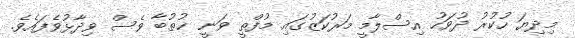
މިދިޔަ ހުކުރު ދުވަހު އިސްލާމީ މަރުކަޒުގައި މުފްތީ ވަނީ ޚުތުބާ ވެސް ވިދާޅުވެފައެވެ.